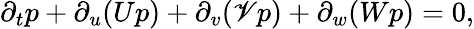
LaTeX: \partial_{t}p+\partial_{u}(Up)+\partial_{v}(\mathscr{V}p)+\partial_{w}(Wp)=0,